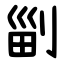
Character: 㓯